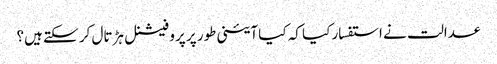
عدالت نے استفسار کیا کہ کیا آئینی طور پر پروفیشنل ہڑتال کر سکتے ہیں؟